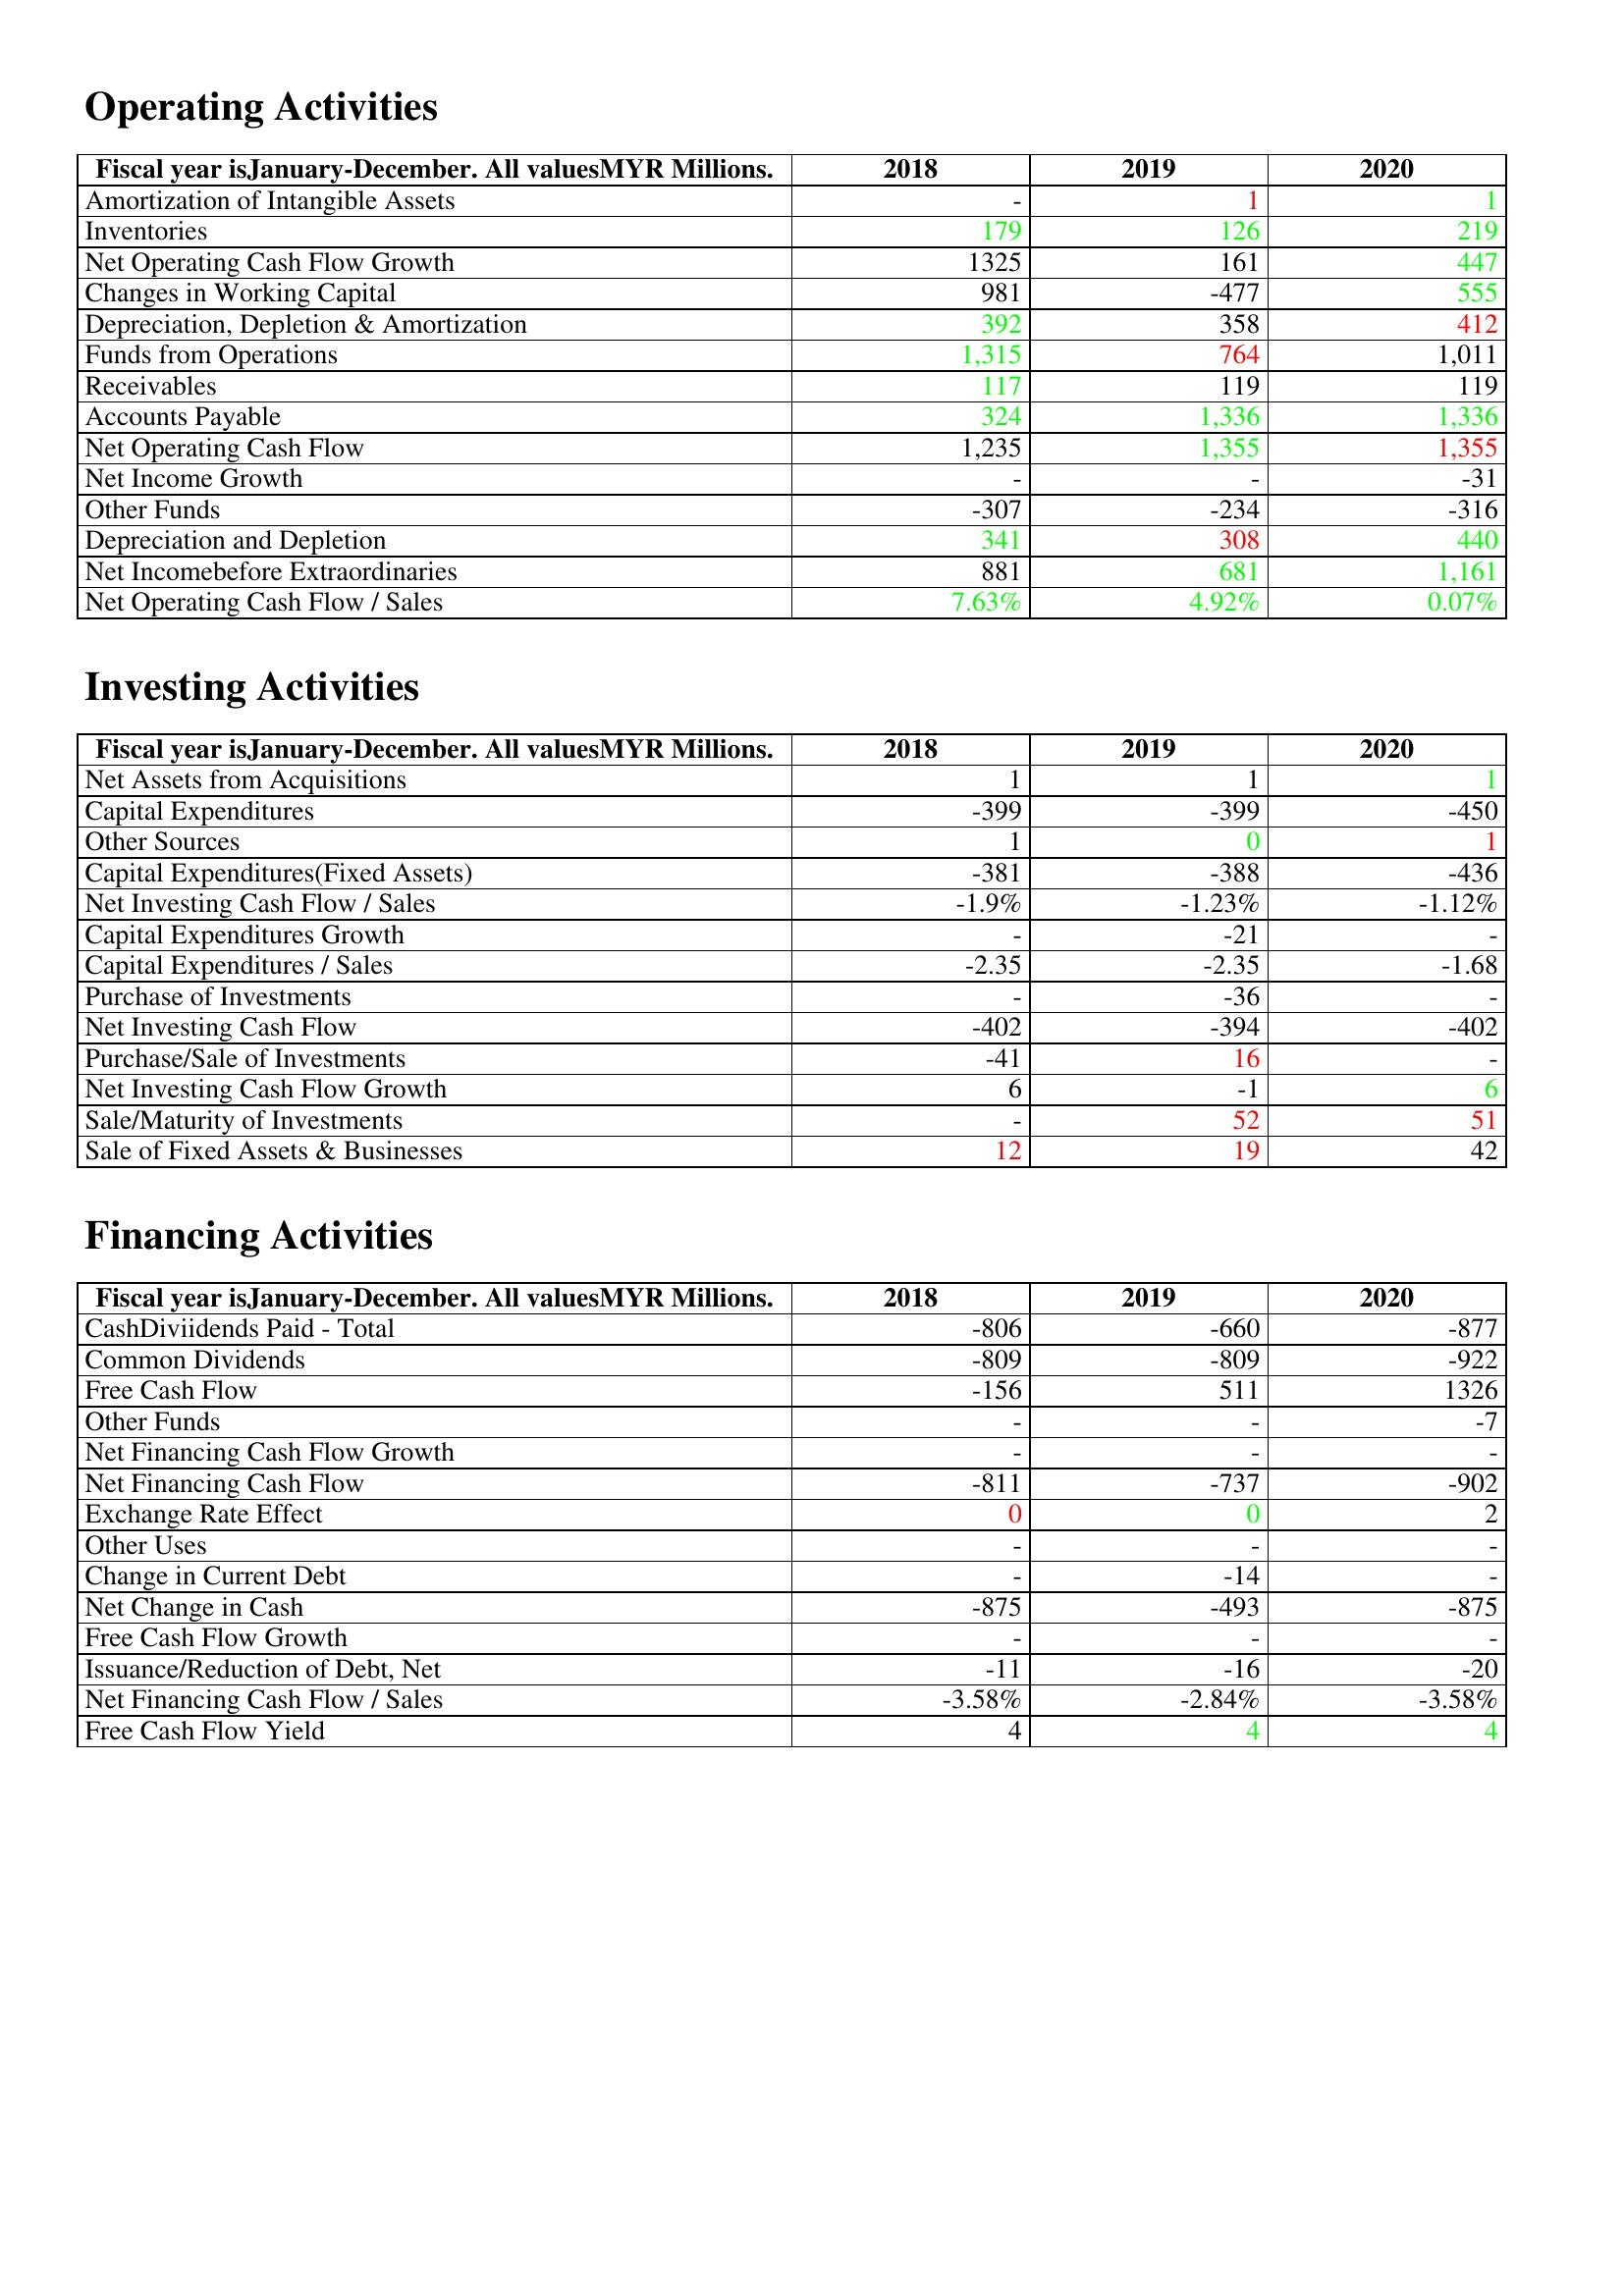
gt_parse: 2018: Operating Activities: Amortization of Intangible Assets: -
Inventories: 179
Net Operating Cash Flow Growth: 1325
Changes in Working Capital: 981
Depreciation, Depletion & Amortization: 392
Funds from Operations: 1,315
Receivables: 117
Accounts Payable: 324
Net Operating Cash Flow: 1,235
Net Income Growth: -
Other Funds: -307
Depreciation and Depletion: 341
Net Incomebefore Extraordinaries: 881
Net Operating Cash Flow / Sales: 7.63%
Investing Activities: Net Assets from Acquisitions: 1
Capital Expenditures: -399
Other Sources: 1
Capital Expenditures(Fixed Assets): -381
Net Investing Cash Flow / Sales: -1.9%
Capital Expenditures Growth: -
Capital Expenditures / Sales: -2.35
Purchase of Investments: -
Net Investing Cash Flow: -402
Purchase/Sale of Investments: -41
Net Investing Cash Flow Growth: 6
Sale/Maturity of Investments: -
Sale of Fixed Assets & Businesses: 12
Financing Activities: CashDiviidends Paid - Total: -806
Common Dividends: -809
Free Cash Flow: -156
Other Funds: -
Net Financing Cash Flow Growth: -
Net Financing Cash Flow: -811
Exchange Rate Effect: 0
Other Uses: -
Change in Current Debt: -
Net Change in Cash: -875
Free Cash Flow Growth: -
Issuance/Reduction of Debt, Net: -11
Net Financing Cash Flow / Sales: -3.58%
Free Cash Flow Yield: 4
2019: Operating Activities: Amortization of Intangible Assets: 1
Inventories: 126
Net Operating Cash Flow Growth: 161
Changes in Working Capital: -477
Depreciation, Depletion & Amortization: 358
Funds from Operations: 764
Receivables: 119
Accounts Payable: 1,336
Net Operating Cash Flow: 1,355
Net Income Growth: -
Other Funds: -234
Depreciation and Depletion: 308
Net Incomebefore Extraordinaries: 681
Net Operating Cash Flow / Sales: 4.92%
Investing Activities: Net Assets from Acquisitions: 1
Capital Expenditures: -399
Other Sources: 0
Capital Expenditures(Fixed Assets): -388
Net Investing Cash Flow / Sales: -1.23%
Capital Expenditures Growth: -21
Capital Expenditures / Sales: -2.35
Purchase of Investments: -36
Net Investing Cash Flow: -394
Purchase/Sale of Investments: 16
Net Investing Cash Flow Growth: -1
Sale/Maturity of Investments: 52
Sale of Fixed Assets & Businesses: 19
Financing Activities: CashDiviidends Paid - Total: -660
Common Dividends: -809
Free Cash Flow: 511
Other Funds: -
Net Financing Cash Flow Growth: -
Net Financing Cash Flow: -737
Exchange Rate Effect: 0
Other Uses: -
Change in Current Debt: -14
Net Change in Cash: -493
Free Cash Flow Growth: -
Issuance/Reduction of Debt, Net: -16
Net Financing Cash Flow / Sales: -2.84%
Free Cash Flow Yield: 4
2020: Operating Activities: Amortization of Intangible Assets: 1
Inventories: 219
Net Operating Cash Flow Growth: 447
Changes in Working Capital: 555
Depreciation, Depletion & Amortization: 412
Funds from Operations: 1,011
Receivables: 119
Accounts Payable: 1,336
Net Operating Cash Flow: 1,355
Net Income Growth: -31
Other Funds: -316
Depreciation and Depletion: 440
Net Incomebefore Extraordinaries: 1,161
Net Operating Cash Flow / Sales: 0.07%
Investing Activities: Net Assets from Acquisitions: 1
Capital Expenditures: -450
Other Sources: 1
Capital Expenditures(Fixed Assets): -436
Net Investing Cash Flow / Sales: -1.12%
Capital Expenditures Growth: -
Capital Expenditures / Sales: -1.68
Purchase of Investments: -
Net Investing Cash Flow: -402
Purchase/Sale of Investments: -
Net Investing Cash Flow Growth: 6
Sale/Maturity of Investments: 51
Sale of Fixed Assets & Businesses: 42
Financing Activities: CashDiviidends Paid - Total: -877
Common Dividends: -922
Free Cash Flow: 1326
Other Funds: -7
Net Financing Cash Flow Growth: -
Net Financing Cash Flow: -902
Exchange Rate Effect: 2
Other Uses: -
Change in Current Debt: -
Net Change in Cash: -875
Free Cash Flow Growth: -
Issuance/Reduction of Debt, Net: -20
Net Financing Cash Flow / Sales: -3.58%
Free Cash Flow Yield: 4